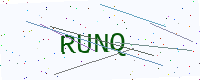
Text: RUNQ